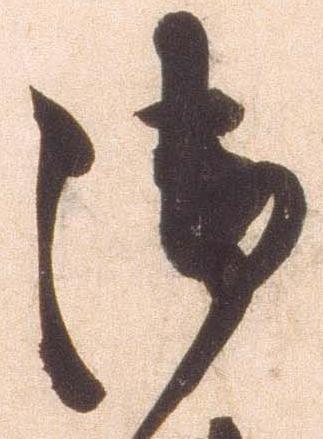
御